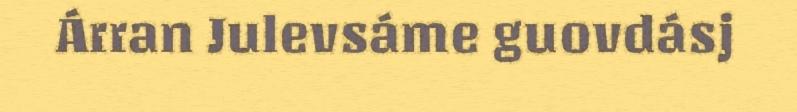
Árran Julevsáme guovdásj